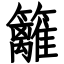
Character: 籬